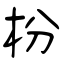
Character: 枌